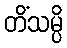
တိံသမ္ပိ